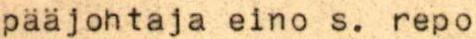
pääjohtaja eino s. repo